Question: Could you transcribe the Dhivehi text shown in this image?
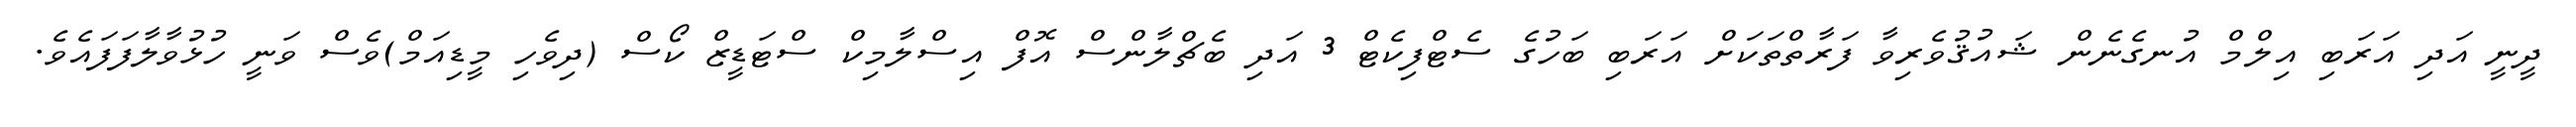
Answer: ދީނީ އަދި އަރަބި އިލްމް އުނގެނެން ޝައުޤުވެރިވާ ފަރާތްތަކަށް އަރަބި ބަހުގެ ސެޓްފިކެޓް 3 އަދި ބެޗްލާންސް އޮފް އިސްލާމިކް ސްޓަޑީޒް ކޯސް (ދިވެހި މީޑިއަމް)ވެސް ވަނީ ހުޅުވާލާފަފައެވެ.